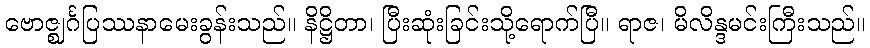
ဗောဇ္ဈင်္ဂပြဿနာမေးခွန်းသည်။ နိဋ္ဌိတာ၊ ပြီးဆုံးခြင်းသို့ရောက်ပြီ။ ရာဇ၊ မိလိန္ဒမင်းကြီးသည်။